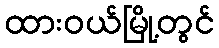
ထားဝယ်မြို့တွင်